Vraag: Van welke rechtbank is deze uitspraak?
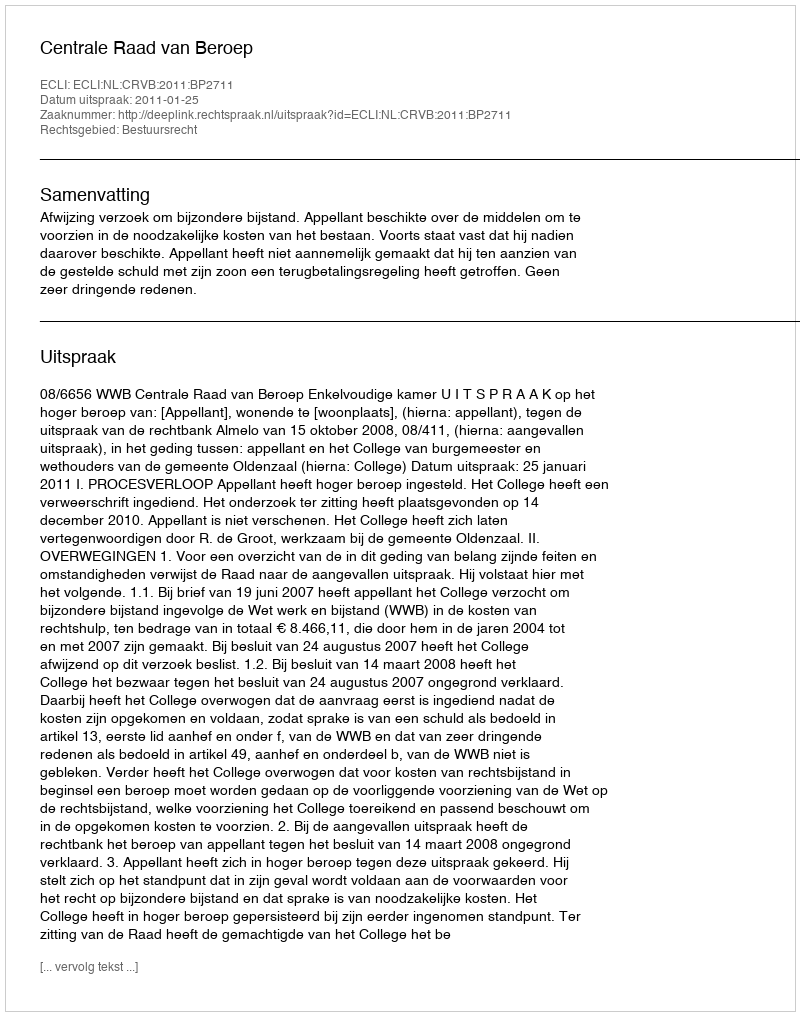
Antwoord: Centrale Raad van Beroep